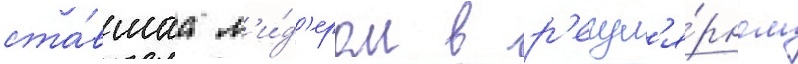
ста́вшаа л'и́д'ером в р'егул'я́рном